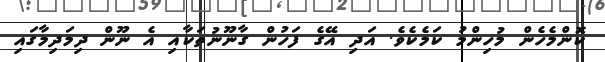
ކޮންމެހެން މުހިންމު ކަމެކެވެ. އަދި އޭގެ ފަހުން ގާނޫނުތަކާއި އެ ނޫން ދިމަދިމާގައި